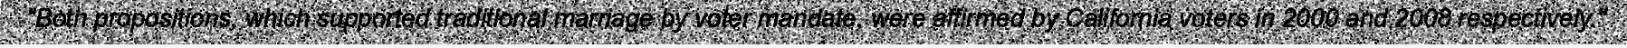
"Both propositions, which supported traditional marriage by voter mandate, were affirmed by California voters in 2000 and 2008 respectively."